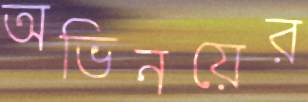
অভিনয়ের